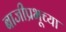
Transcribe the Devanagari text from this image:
बाजीप्रभूच्या